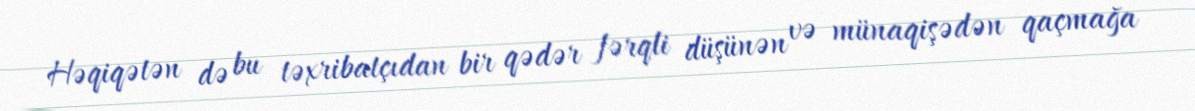
Həqiqətən də bu təxribatçıdan bir qədər fərqli düşünən və münaqişədən qaçmağa